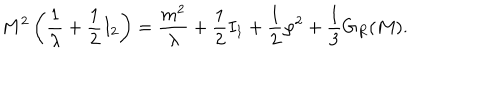
LaTeX: M ^ { 2 } \left( \frac { 1 } { \lambda } + \frac { 1 } { 2 } I _ { 2 } \right) = \frac { m ^ { 2 } } { \lambda } + \frac { 1 } { 2 } I _ { 1 } + \frac { 1 } { 2 } \varphi ^ { 2 } + \frac { 1 } { 3 } G _ { R } ( M ) .